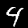
Digit: 4